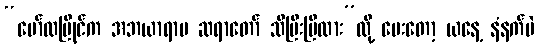
“မော်လမြိုင်က အဘယာရာမ ဆရာတော် သိပြီးပြီလား”လို့ မေးတော့ ယနေ့ နံနက်ပဲ